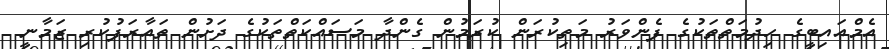
އެމްއައިބީގެ ހިދުމަތްތަކުގެ ފެންވަރު މަތިކުރަން ކުރަމުން ގެންދާ މަސައްކަތްތަކުގެ ދަށުން ތައާރަފުކުރި ޒަމާނީ